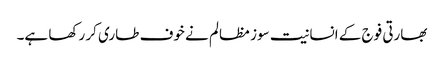
بھارتی فوج کے انسانیت سوز مظالم نے خوف طاری کر رکھا ہے۔